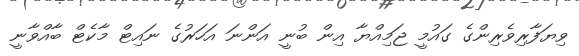
ވިޔަފާރިވެރިންގެ ގައުމީ ޖަމިއްޔާ އިން ބުނީ އަންނަ އަހަރުގެ ނައިޓް މާކެޓް ބާއްވާނީ